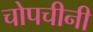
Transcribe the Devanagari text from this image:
चोपचीनी